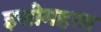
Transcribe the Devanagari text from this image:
इसीमहत्ता